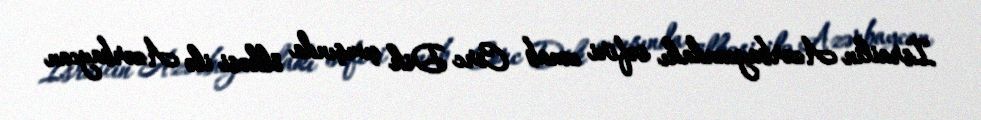
İsrailin Azərbaycandakı səfiri cənab Corc Dik çıxışında ölkəsi ilə Azərbaycan